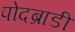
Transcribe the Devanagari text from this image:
पोदब्राडी